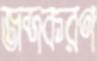
জব্দকরণ